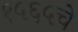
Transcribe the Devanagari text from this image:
१५६५चे